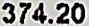
374.20